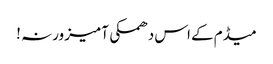
میڈم کے اس دھمکی آمیز ورنہ !